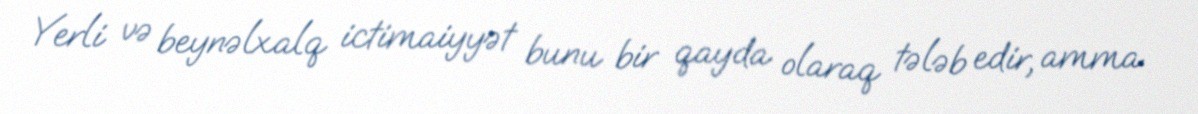
Yerli və beynəlxalq ictimaiyyət bunu bir qayda olaraq tələb edir, amma